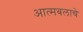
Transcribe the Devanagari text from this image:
आत्मबलाचे